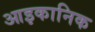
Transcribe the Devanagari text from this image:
आइकानिक